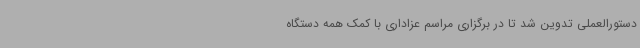
دستورالعملی تدوین شد تا در برگزاری مراسم عزاداری با کمک همه دستگاه